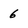
Character: 6